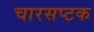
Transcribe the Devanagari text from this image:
चारसप्टक